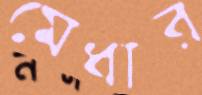
মেধার